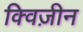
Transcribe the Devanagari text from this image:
क्विज़ीन